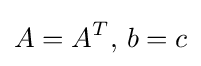
A=A^{T},\,b=c